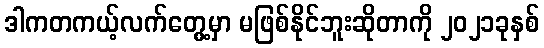
ဒါကတကယ့်လက်တွေ့မှာ မဖြစ်နိုင်ဘူးဆိုတာကို ၂၀၂၁ခုနှစ်